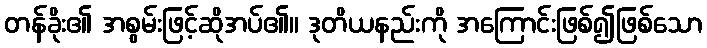
တန်ခိုး၏ အစွမ်းဖြင့်ဆိုအပ်၏။ ဒုတိယနည်းကို အကြောင်းဖြစ်၍ဖြစ်သော